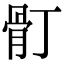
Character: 𩨑